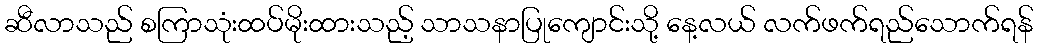
ဆီလာသည် စကြာသုံးထပ်မိုးထားသည့် သာသနာပြုကျောင်းသို့ နေ့လယ် လက်ဖက်ရည်သောက်ရန်